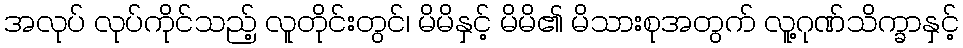
အလုပ် လုပ်ကိုင်သည့် လူတိုင်းတွင်၊ မိမိနှင့် မိမိ၏ မိသားစုအတွက် လူ့ဂုဏ်သိက္ခာနှင့်